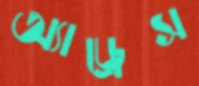
অ্যাড্রেস